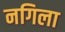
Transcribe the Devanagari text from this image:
नगिला